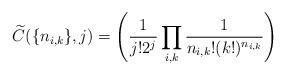
LaTeX: \begin{align*} \widetilde{C}(\{n_{i, k}\}, j) = \left(\frac{1}{j!2^j}\prod_{i, k}\frac{1}{n_{i, k}!(k!)^{n_{i, k}}}\right) \end{align*}